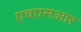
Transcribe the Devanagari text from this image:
एचएसआर